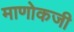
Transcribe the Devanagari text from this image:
माणोकजी